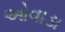
ઓવાડા